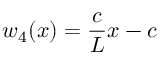
w _ { 4 } ( x ) = \frac { c } { L } x - c